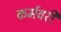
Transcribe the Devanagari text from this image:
कर्मवरी